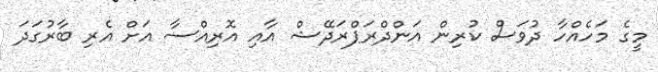
މީގެ މަހެއްހާ ދުވަސް ކުރިން އަންދްރަޕްރަދޭޝް އާއި އޮރިއްސާ އަށް އެރި ބާރުގަދަ